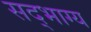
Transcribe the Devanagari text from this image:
सद्‌भाग्य